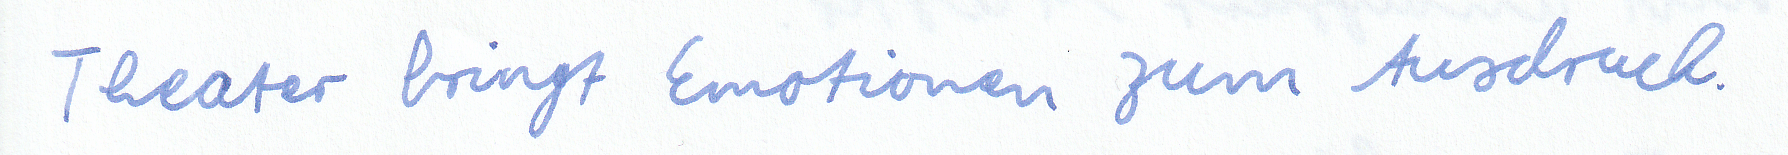
Theater bringt Emotionen zum Ausdruck.